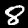
Label: 8